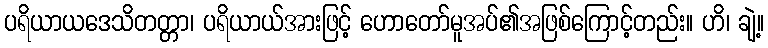
ပရိယာယဒေသိတတ္တာ၊ ပရိယာယ်အားဖြင့် ဟောတော်မူအပ်၏အဖြစ်ကြောင့်တည်း။ ဟိ၊ ချဲ့။